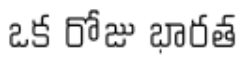
ఒక రోజు భారత